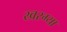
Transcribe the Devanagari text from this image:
खरग्या